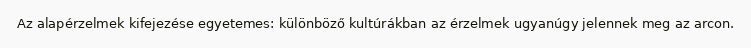
Az alapérzelmek kifejezése egyetemes: különböző kultúrákban az érzelmek ugyanúgy jelennek meg az arcon.